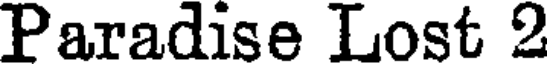
Paradise Lost 2